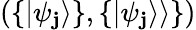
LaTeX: (\{ |\psi_{\mathbf{j}}\rangle\} ,\{ |\psi_{\mathbf{j}}\rangle\rangle\} )